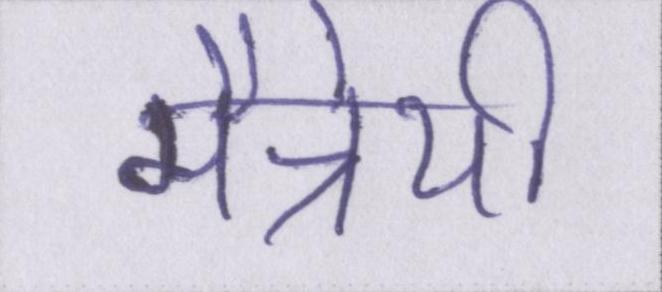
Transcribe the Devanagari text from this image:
मैत्रेयी